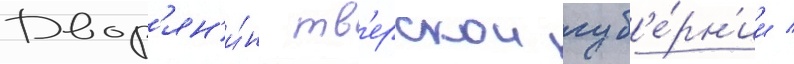
Двор'ян'и́н тв'ерскои губ'е́рн'ии /